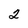
Character: 2